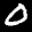
Label: 0